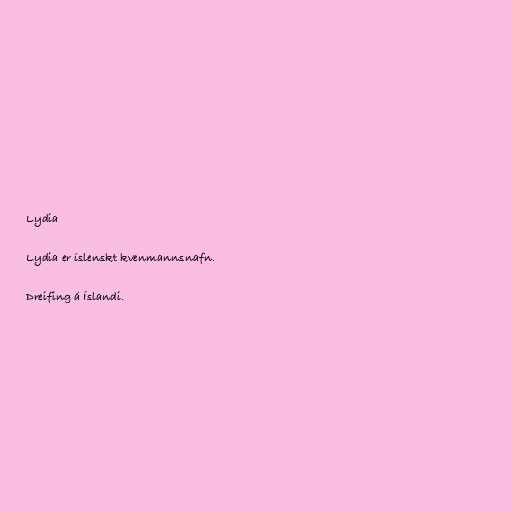
Lydia

Lydia er íslenskt kvenmannsnafn.

Dreifing á Íslandi.